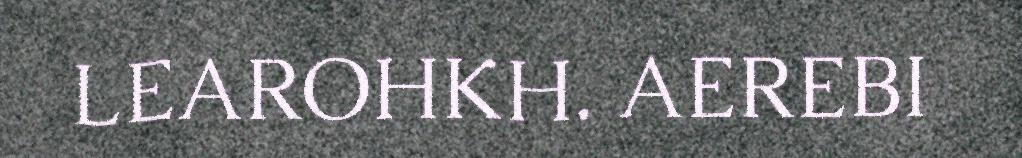
LEAROHKH. AEREBI